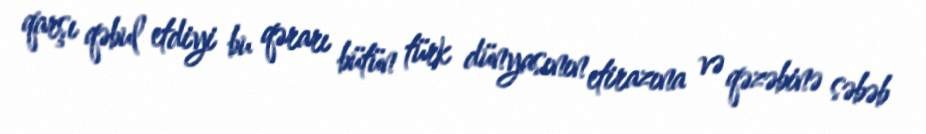
qarşı qəbul etdiyi bu qərarı bütün türk dünyasının etirazına və qəzəbinə səbəb